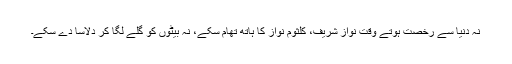
نہ دنیا سے رخصت ہوتے وقت نواز شریف، کلثوم نواز کا ہاتھ تھام سکے، نہ بیٹوں کو گلے لگا کر دلاسا دے سکے۔